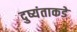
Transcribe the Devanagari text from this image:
दुष्यंताकडे